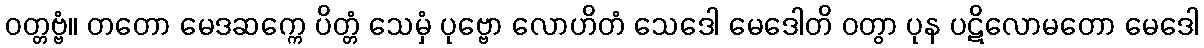
ဝတ္တဗ္ဗံ။ တတော မေဒဆက္ကေ ပိတ္တံ သေမှံ ပုဗ္ဗော လောဟိတံ သေဒေါ မေဒေါတိ ဝတွာ ပုန ပဋိလောမတော မေဒေါ